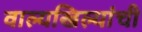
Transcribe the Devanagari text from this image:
वाल्यखिल्यांची